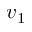
v _ { 1 }